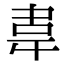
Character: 𮧰